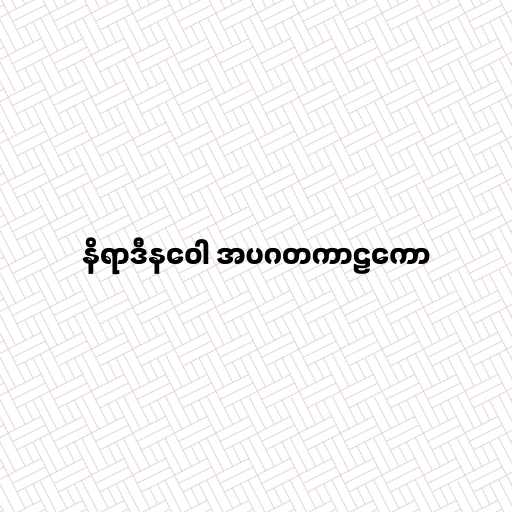
နိရာဒီနဝေါ အပဂတကာဠကော